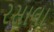
રસાલા